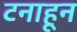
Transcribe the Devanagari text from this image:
टनाहून